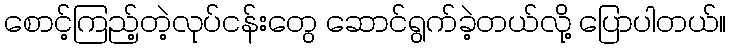
စောင့်ကြည့်တဲ့လုပ်ငန်းတွေ ဆောင်ရွက်ခဲ့တယ်လို့ ပြောပါတယ်။